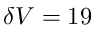
\delta V = 1 9